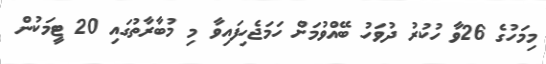
މިމަހުގެ 26ވާ ހުކުރު ދުވަހު ބޭއްވުމަށް ހަމަޖެހިފައިވާ މި މުބާރާތުގައި 20 ޓީމަކުން